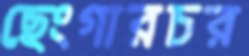
ছেংগারচর